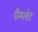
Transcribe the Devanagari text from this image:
पैम्प्लेट